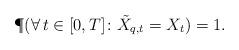
LaTeX: \begin{align*} \P( \forall \, t \in [0,T] \colon \tilde{X}_{q,t} = X_t ) = 1 .\end{align*}